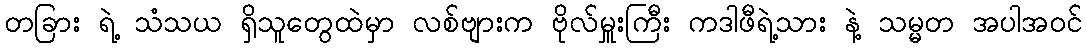
တခြား ရဲ့ သံသယ ရှိသူတွေထဲမှာ လစ်ဗျားက ဗိုလ်မှူးကြီး ကဒါဖီရဲ့သား နဲ့ သမ္မတ အပါအဝင်